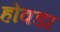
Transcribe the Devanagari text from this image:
होवडा